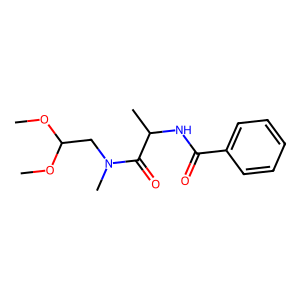
SMILES: COC(CN(C)C(=O)C(C)NC(=O)c1ccccc1)OC
Inhibits HIV replication: No